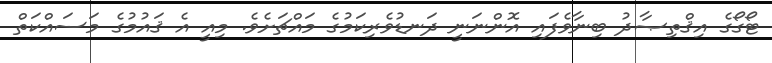
ޓޯގޯގެ އިޤްތިޞާދު ބިނާވެފައި އޮންނަނީ ދަނޑުވެރިކަމުގެ މައްޗަށެވެ. މިއީ އެ ޤައުމުގެ މަސައްކަތް